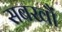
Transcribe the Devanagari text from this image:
सबखौं